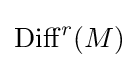
\mathrm {Diff} ^{r}(M)